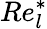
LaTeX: Re_{l}^{\ast}